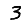
Digit: 3